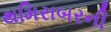
થમિરાબરની